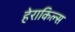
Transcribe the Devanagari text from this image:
हेराकिल्स